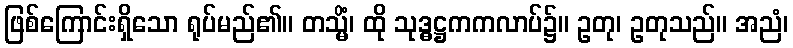
ဖြစ်ကြောင်းရှိသော ရုပ်မည်၏။ တသ္မိံ၊ ထို သုဒ္ဓဋ္ဌကကလာပ်၌။ ဥတု၊ ဥတုသည်။ အညံ၊